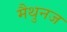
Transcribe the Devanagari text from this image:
मैथुनज